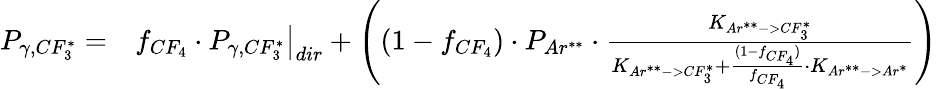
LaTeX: \begin{array}{rl}{P_{\gamma,CF_{3}^{*}}=}&{f_{CF_{4}}\cdot P_{\gamma,CF_{3}^{*}}\big|_{dir}+\left((1-f_{CF_{4}})\cdot P_{Ar^{**}}\cdot\frac{K_{Ar^{**}->CF_{3}^{*}}}{K_{Ar^{**}->CF_{3}^{*}}+\frac{(1-f_{CF_{4}})}{f_{CF_{4}}}\cdot K_{Ar^{**}->Ar^{*}}}\right)}\end{array}